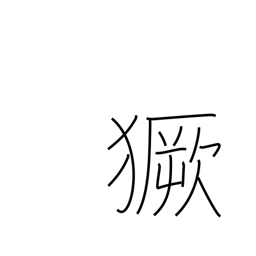
Meaning: storm around